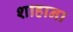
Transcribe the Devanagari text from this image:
शाहाना